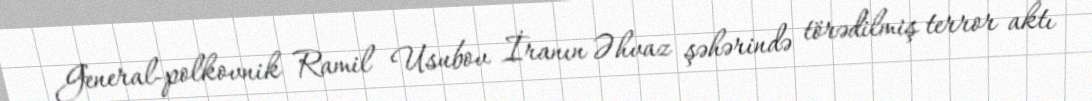
General-polkovnik Ramil Usubov İranın Əhvaz şəhərində törədilmiş terror aktı